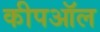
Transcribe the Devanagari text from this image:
कीपऑल